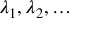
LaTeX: \lambda _ { 1 } , \lambda _ { 2 } , \ldots